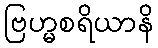
ဗြဟ္မစရိယာနိ